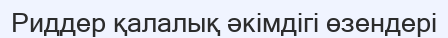
Риддер қалалық әкімдігі өзендері